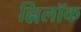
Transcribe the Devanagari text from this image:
ह्विलॉक